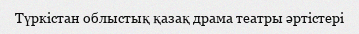
Түркістан облыстық қазақ драма театры әртістері